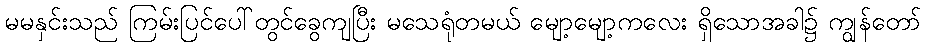
မမနှင်းသည် ကြမ်းပြင်ပေါ်တွင်ခွေကျပြီး မသေရုံတမယ် မျော့မျော့ကလေး ရှိသောအခါ၌ ကျွန်တော်